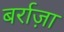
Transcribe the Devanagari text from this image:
बर्राज़ा